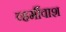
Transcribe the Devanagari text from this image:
व्हर्मीवाश